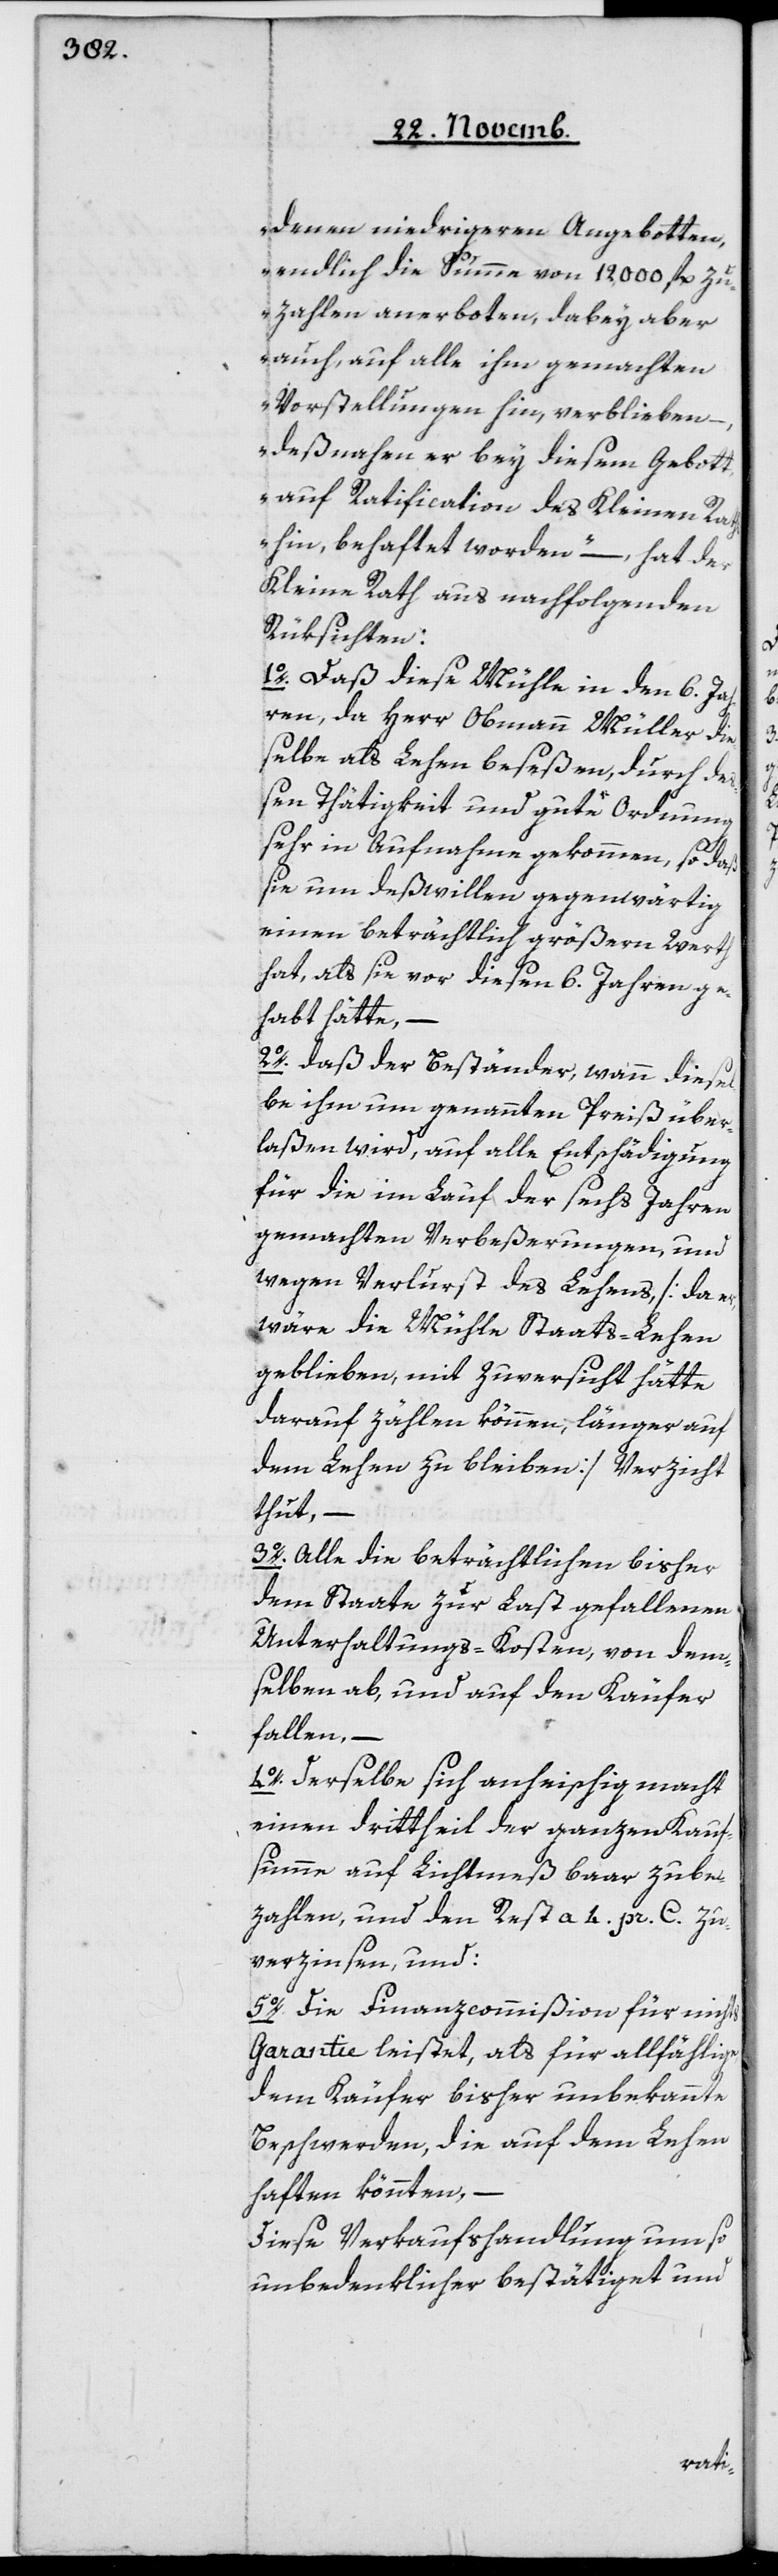
denen niedrigeren Angeboten,
endlich die Summe von 12'000 fl. zu
zahlen anerboten, dabey aber
auch, auf alle ihm gemachten
Vorstellungen hin, verblieben,
deßnahen er bey diesem Gebott,
auf Ratification des Kleinen Raths
hin, behaftet worden“ – hat der
Kleine Rath aus nachfolgenden¬
Rüksichten :
1o daß diese Mühle in den 6 Jah¬
ren, da Herr Obmann Müller die¬
selbe als Lehen beseßen, durch de¬
ßen Thätigkeit und gute Ordnung
sehr in Aufnahme gekommen, so daß
sie um deßwillen gegenwärtig
einen beträchtlich größeren Werth
hat, als sie vor diesen sechs Jahren ge¬
habt hätte, –
2o daß der Beständer, wann diesel¬
be ihm um genannten Preiß über¬
laßen wird, auf alle Entschädigung
für die im Lauf der sechs Jahren
gemachten Verbeßerungen, und
wegen Verlust des Lehens [da er,
wäre die Mühle Staats-Lehen
geblieben, mit Zuversicht darauf
darauf zählen können, länger auf
dem Lehen zu bleiben] Verzicht
thut, –
3o Alle die beträchtlichen bisher
dem Staate zur Last gefallenen
Unterhaltungs-Kosten von dem¬
selben ab, und auf den Käufer
fallen, –
4o Derselbe sich anheischig macht,
einen Drittheil der ganzen Kauf¬
summe auf Lichtmeß bar zu be¬
zahlen, und den Rest à 4 pr. C. zu
verzinsen, und:
5o Die Finanzcommißion für nichts
Garantie leistet, als für allfählige,
dem Käufer bisher unbekannte
Beschwerden, die auf dem Lehen
haften könnten, –
diese Verkaufshandlung um so
unbedenklicher bestätiget und